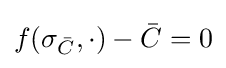
f(\sigma _{\bar {C}},\cdot )-{\bar {C}}=0